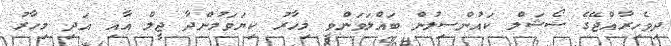
ދިވެހިރާއްޖޭގެ ސޯޝަލް ކައުންސިލުން ބައްލަވަންވީ މިހާރު ކިޔަވަމުންދާ ޖީލް އާއި އަދި މިހާރު